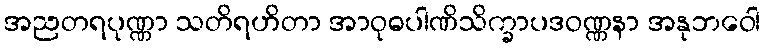
အညတရပုဏ္ဏာ သတိရဟိတာ အာဝုဓပါဏိသိက္ခာပဒဝဏ္ဏနာ အနုဘဝေါ